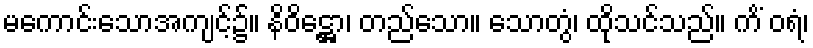
မကောင်းသောအကျင့်၌။ နိဝိဋ္ဌော၊ တည်သော။ သောတွံ၊ ထိုသင်သည်။ ကိံ ဝရံ၊